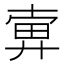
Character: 𢍚